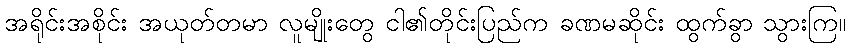
အရိုင်းအစိုင်း အယုတ်တမာ လူမျိုးတွေ ငါ၏တိုင်းပြည်က ခဏမဆိုင်း ထွက်ခွာ သွားကြ။